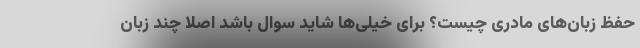
حفظ زبان‌های مادری چیست؟ برای خیلی‌ها شاید سوال باشد اصلاً چند زبان